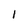
Character: l